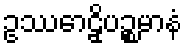
ဥဿောဠှိပဉ္စမာနံ